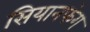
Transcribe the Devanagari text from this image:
सियानफंग